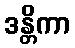
ဒန္တိကာ